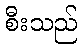
စီးသည်